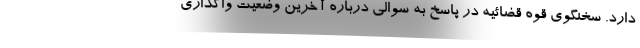
دارد. سخنگوی قوه قضائیه در پاسخ به سوالی درباره آخرین وضعیت واگذاری